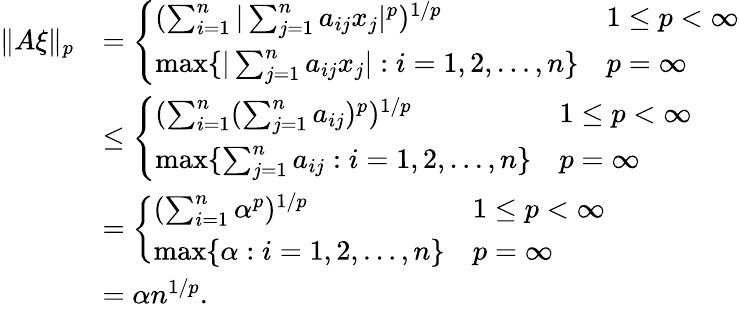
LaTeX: \begin{array}{rl}{\| A\xi\| _{p}}&{=\left\{ \begin{array}{ll}{(\sum_{i=1}^{n}|\sum_{j=1}^{n}a_{ij}x_{j}|^{p})^{1/p}}&{1\le p<\infty}\\ {\operatorname*{max}\{ |\sum_{j=1}^{n}a_{ij}x_{j}|:i=1,2,\ldots,n\} }&{p=\infty}\end{array}\right.}\\ &{\le\left\{ \begin{array}{ll}{(\sum_{i=1}^{n}(\sum_{j=1}^{n}a_{ij})^{p})^{1/p}}&{1\le p<\infty}\\ {\operatorname*{max}\{ \sum_{j=1}^{n}a_{ij}:i=1,2,\ldots,n\} }&{p=\infty}\end{array}\right.}\\ &{=\left\{ \begin{array}{ll}{(\sum_{i=1}^{n}\alpha^{p})^{1/p}}&{1\le p<\infty}\\ {\operatorname*{max}\{ \alpha:i=1,2,\ldots,n\} }&{p=\infty}\end{array}\right.}\\ &{=\alpha n^{1/p}.}\end{array}